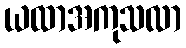
ယထာအကုသလာ